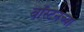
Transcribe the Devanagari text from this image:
बॉस्टनच्या